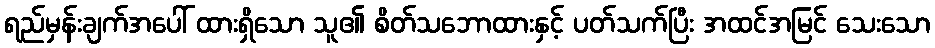
ရည်မှန်းချက်အပေါ် ထားရှိသော သူ၏ စိတ်သဘောထားနှင့် ပတ်သက်ပြီး အထင်အမြင် သေးသော